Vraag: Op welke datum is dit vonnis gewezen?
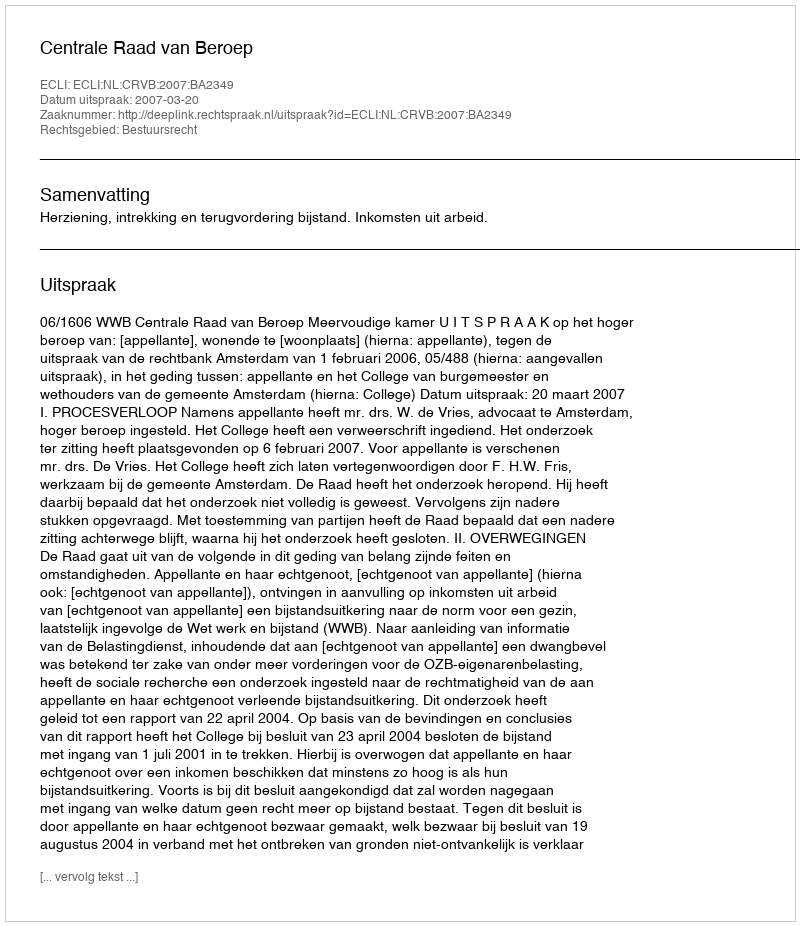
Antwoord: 2007-03-20